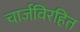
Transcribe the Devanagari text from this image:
चार्जविरहित